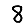
Digit: 8